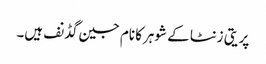
پریتی زنٹا کے شوہرکا نام جین گڈنف ہیں۔